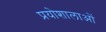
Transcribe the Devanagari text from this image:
प्रयोशालाओं